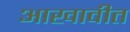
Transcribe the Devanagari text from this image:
आखावीत